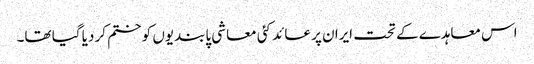
اس معاہدے کے تحت ایران پر عائد کئی معاشی پابندیوں کو ختم کر دیا گیا تھا۔